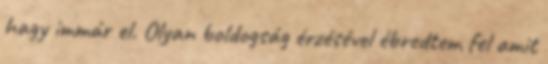
hagy immár el. Olyan boldogság érzésével ébredtem fel amit